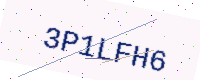
Text: 3P1LFH6